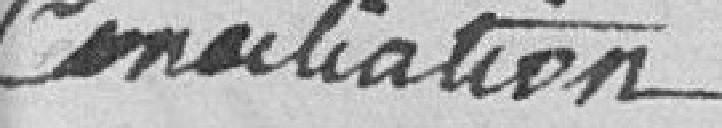
Conciliation.